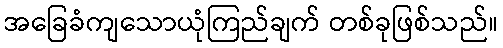
အခြေခံကျသောယုံကြည်ချက် တစ်ခုဖြစ်သည်။